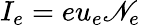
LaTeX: I_{e}=eu_{e}\mathscr{N}_{e}